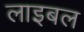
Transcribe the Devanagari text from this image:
लाइबल